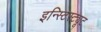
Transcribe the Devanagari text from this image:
इन्स्टिस्ट्यूट